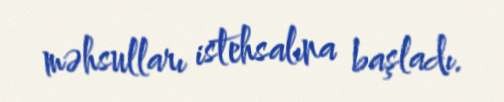
məhsulları istehsalına başladı.